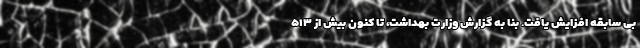
بی سابقه افزایش یافت. بنا به گزارش وزارت بهداشت، تا کنون بیش از ۵۱۳